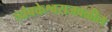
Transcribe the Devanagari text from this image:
त्र्यंबकेश्वराजवळील